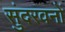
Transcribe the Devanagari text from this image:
सुंदरवनों